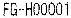
FG-H00001